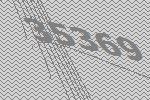
35369